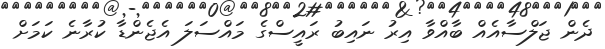
ދެން ޖަލްސާއެއް ބާއްވާ އިރު ނައިބު ރައީސްގެ މައްސަލަ އެޖެންޑާ ކުރާނެ ކަމަށް